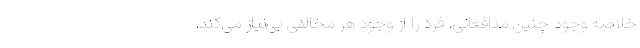
خلاصه وجود چنین مدافعانی، فرد را از وجود هر مخالفی بی‌نیاز می‌کند.